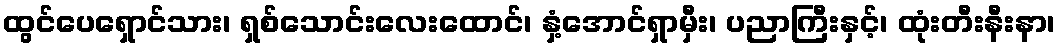
ထွင်ပေရှောင်သား၊ ရှစ်သောင်းလေးထောင်၊ နှံ့အောင်ရှာမှီး၊ ပညာကြီးနှင့်၊ ထုံးတီးနီးနာ၊